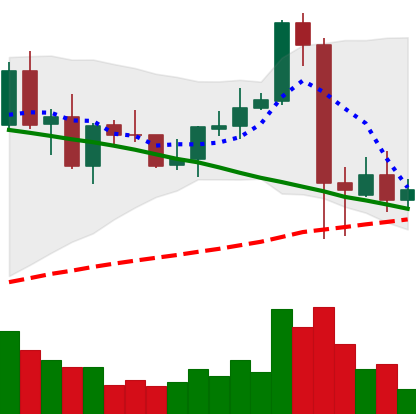
Ticker: NEO-USD
Chart end date: 2021-09-11
Forward return: 3.305%
Label: up_3_5